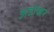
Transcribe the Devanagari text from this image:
अडोखर